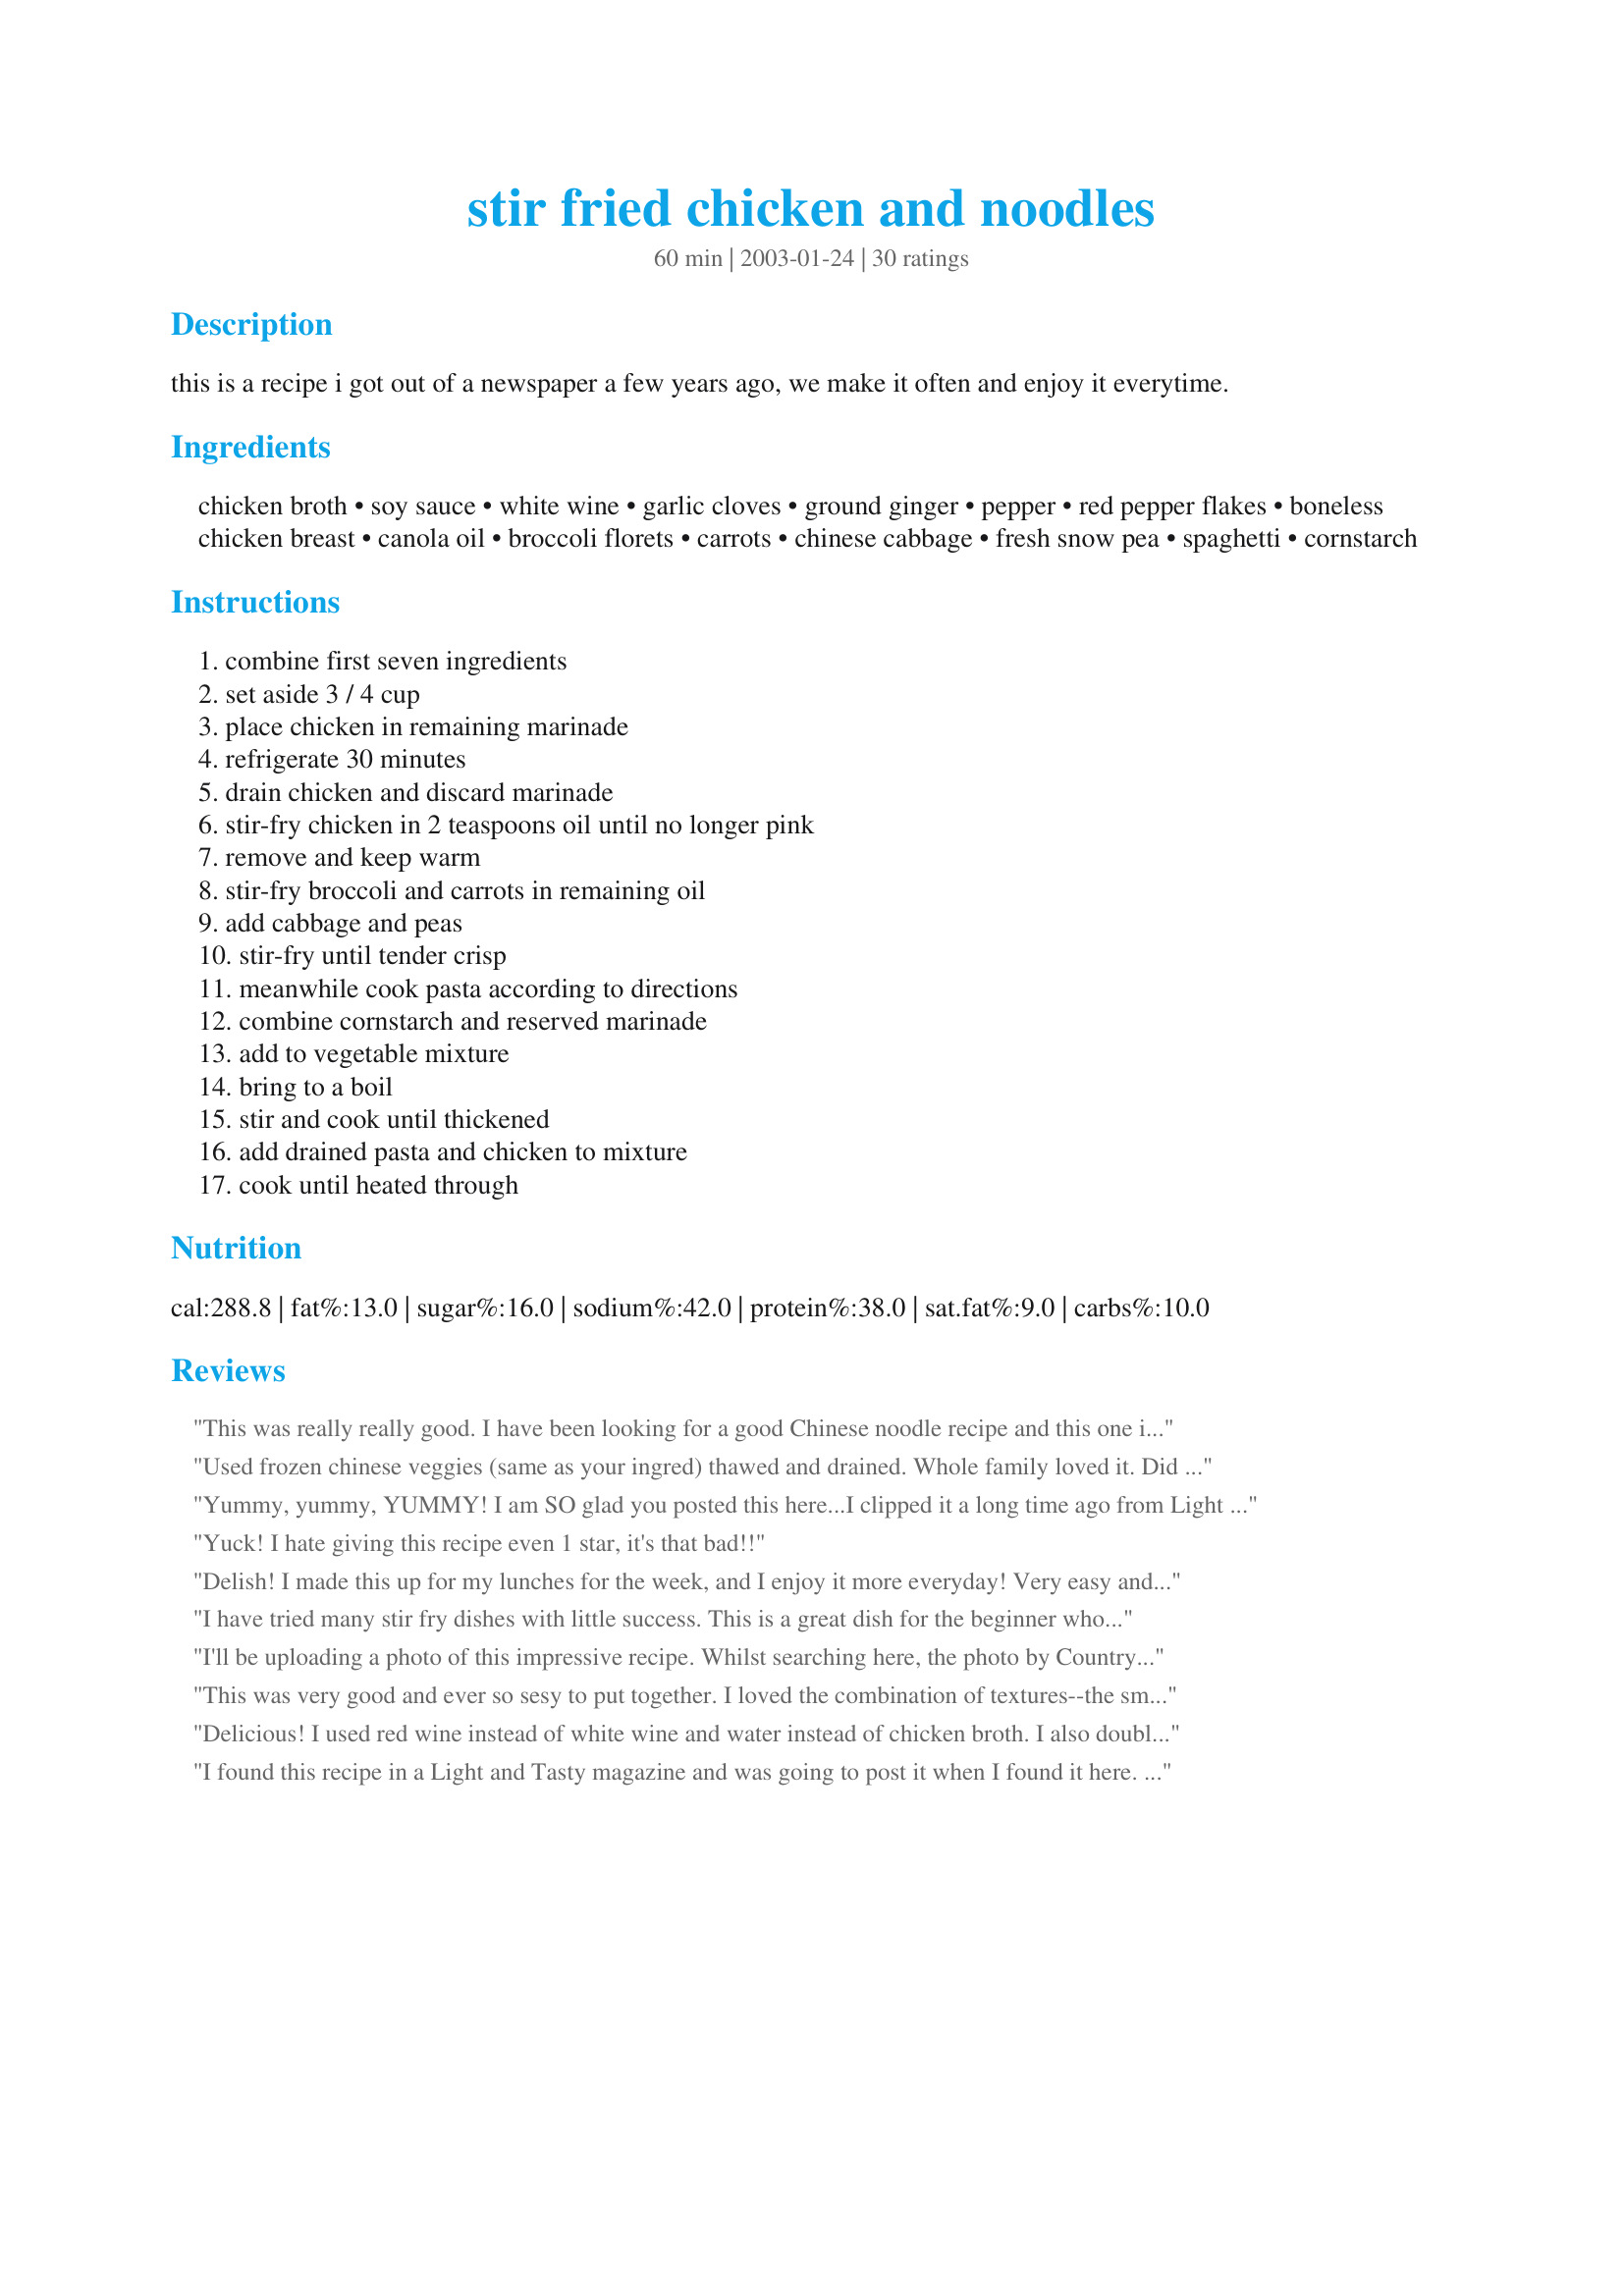
stir fried chicken and noodles
Preparation time: 60 minutes

this is a recipe i got out of a newspaper a few years ago, we make it often and enjoy it everytime.

Ingredients:
chicken broth, soy sauce, white wine, garlic cloves, ground ginger, pepper, red pepper flakes, boneless chicken breast, canola oil, broccoli florets, carrots, chinese cabbage, fresh snow pea, spaghetti, cornstarch

Steps:
combine first seven ingredients, set aside 3 / 4 cup, place chicken in remaining marinade, refrigerate 30 minutes, drain chicken and discard marinade, stir-fry chicken in 2 teaspoons oil until no longer pink, remove and keep warm, stir-fry broccoli and carrots in remaining oil, add cabbage and peas, stir-fry until tender crisp, meanwhile cook pasta according to directions, combine cornstarch and reserved marinade, add to vegetable mixture, bring to a boil, stir and cook until thickened, add drained pasta and chicken to mixture, cook until heated through

Reviews:
This was really really good. I have been looking for a good Chinese noodle recipe and this one is it. My kids just loved it and ate every bite. I left out the Ginger (personal preference) but left everything else. I will be making this many times again.
Used frozen chinese veggies (same as your ingred) thawed and drained. Whole family loved it. Did add some soy sauce to the final stage and didn't need to use corn starch. Thanks, very good and healthy tasting.
Yummy, yummy, YUMMY! I am SO glad you posted this here...I clipped it a long time ago from Light and Tasty but have since lost the clipping. Thank goodness for 'Zaar (and Dancer!!)! This is most definitely a keeper. I used water chestnuts and mushrooms instead of the snow peas b/c I had some left over from New Year's Eve recipes. I was generous with the garlic and ginger, and also added a pinch of sugar (didn't measure but would guess 1/2 t) to the marinade at other folks' advice. The only change I will make next time is the kind of noodles--I used angel hair and really wished for something a little thicker/heartier like udon or soba.
Also, I was tempted to leave out the oil to further trim the recipe, but I'm glad I didn't. IMHO it is necessary to get that yummy restaurant "fried noodle dish" taste, and it doesn't add that much fat...
Yuck! I hate giving this recipe even 1 star, it's that bad!!
Delish! I made this up for my lunches for the week, and I enjoy it more everyday! Very easy and quick to make. Thanks Dancer!
I have tried many stir fry dishes with little success. This is a great dish for the beginner who wants something easy to make but still tastes fantastic. even my VERY picky children ate this. We had it two nights in a row, just to prove that the first time wasn't a fluke!
I'll be uploading a photo of this impressive recipe.

Whilst searching here, the photo by Country Lady caught my attention. It looked so colorful and tasty so I decided to give it a try.

It's a very good recipe although I found it could be a bit more flavorful. I use egg noodles instead of spaghetti because they're healthier. I also omitted the cabbage but added the same amount of diced vegetables.

I should also mention to prevent the wok from burning, I had to use additional oil.

I felt like I was eating good takeout without the grease. Thanks for sharing this recipe, I will definitely make it again.
This was very good and ever so sesy to put together. I loved the combination of textures--the smooth noodles, tender chicken and crunchy vegetables. I would increase the hot pepper flakes next time, and maybe the garlic and ginger as well, b ecause it did seem a wee tad bland. But all in all, a fine dinner.
Delicious! I used red wine instead of white wine and water instead of chicken broth. I also doubled the ginger & it turned out great! :) Will definitely make this again.
I found this recipe in a Light and Tasty magazine and was going to post it when I found it here. Our family loves this recipe. We cut up the chicken and add the marinade and freeze. We freeze the other part of the marinade seperately. This saves a lot of time on busy weeknights. As a short cut, I use the preshredded cabbage, matchstick carrots, and frozen brocolli florets. I precook all the veggies in the microwave. With this prep work, this meal can be assembled very quickly. Tastely and healthy.
Made this for dinner to go with Bourbon Chicken (#45809) and it was wonderful. We made it without the chicken and used frozen stir fry mix veggies. My veggie hating kids even liked it. When we make it again (and we definitely will) I will add a little more garlic.
This was very good. We didn't care for the napa cabbage in this so next time we'll omit that and make up the difference with other veggies. I didn't have any snow peas so we used sugar snap instead. We'll definitely play with this recipe and make it again!
This was INCREDIBLE.... simple, easy, you can use SO many different types of veggies in there.... it tastes authentic, we LOVED IT! Thank you for sharing the GREAT recipe!
It's not very nice to be so mean about someones recipe. If it didn't suit your taste, than that's too bad. But there's no need to be so harsh and say it was yuck. I think it was delicious, and many others agreed. Than you for sharing this recipe with us. My picky 2 year old loved it, and so did my picky 25 year old husband. thanks again for a great recipe!
Hey, Dancer! This stir-fry is AWESOME!! I used a little more garlic (4 cloves), added some sliced onion, and substituted an 8 oz. can of sliced water chestnuts for the carrot because I didn't have any. It gave the same nice crunch, but lacked a little on the color. Also, instead of using all of the oil, I used a little extra chicken broth to cook the chicken and veggies. I used angel hair for the pasta and savoy for the cabbage. DEFINITELY A KEEPER!! This recipe is a great base for creating a variety of dishes by varying the meat and veggies. Also would be good over rice instead of using the pasta. Thanks, Dancer!
~Manda
This was a hit with us. I didn't have any cabbage and I didn't use the noodles but served it over rice. I had a teriyaki turkey tenderloin that I used in place of chicken so I used all the marinade in the dish. We will be making this again.
The family and I really enjoyed this delicious stir-fry. Only change I made was to double the pepper flakes. Got fresh snow peas from the Farmer's Market and they were nice and crunchy. This is a very versatile recipe and I may experiment with other veggies. But it was excellent as written. Thanks for posting it.
I really loved this dish. It managed to be low-cal without tasting that way. The only thing it needs is a bit of sweetness- a tablespoon of honey would add a lot of flavor for only 10 calories per serving.
Oh wow this was amazing and so easy to make. I used chinese noodles and left out the ginger since I hate ginger but the recipe was so fab I've made it twice.
I have to laugh when I read other reviews that talk about doubling the red pepper flakes in this recipe or remark that they found this dish a bit bland for their taste. My family and I thought it was a little "hot". Not overly so, but it definitely had a little bite to it.

That didn't stop us from thoroughly enjoying it though! The only changes I made to the posted recipe were to double it, and to replace the cabbage with two cans of sliced water chestnuts and a cup each of red and green bell pepper. And I served it over plain brown rice.

I used all fresh vegetables (except the water chestnuts of course!) so between washing and chopping those and cutting up the chicken, the prep work took some time. But there have been some great short cuts suggested in other reviews if time is a concern!

I think next time I'll definitely try it with noodles instead of rice. And maybe add mushrooms. This is indeed a versatile recipe and I can foresee mixing it up a lot by varying the vegetables and meats!

As I mentioned, I doubled the recipe. My family of four includes two pre-teen boys and a husband with a healthy appetite of his own. Hubby went back for seconds and the rest of us had one decent serving (certainly much less than what you would get at a restaurant, for comparison's sake) and there wasn't much left over. So I question the recommendation that the original recipe serves 6. 6 children perhaps? Nobody else has addressed this so perhaps we do eat larger than average portions. Just wanted to mention that, fwiw!
I made this for dinner last night and my family really liked it. I made a few minor changes: used 1 tsp. fresh, minced ginger for the ground ginger, had to use frozen pea pods because the fresh ones at my store looked awful, and used some fresh Chinese egg noodles that I had on hand instead of spaghetti. Turned out great and I'll make it again! Thanks Dancer for a good, after work recipe!
Very good! I added just a touch of brown sugar, just because I like a little sweetness. Also, I think I prefered it with only the veggies and chicken. Don't get me wrong, the pasta was good, but before I added it I thought it was better. 5 stars for a great recipe!
This was great!! I did not use the white wine. I did add a little sesame oil to the other oil. I also added mushrooms and next time I will add some water chestnuts, just because we like them in our stir fry. The sauce was great and my whole family loved this recipe. Will be making this often. Thank you so much for this recipe!! It is a keeper!
We really enjoyed this recipe. I left out the ginger-dh doesn't like it. Absolutely delicious!
As NurseDi already stated, this recipe is quite versatile - not just with the veggies, but also with the protein! I replaced the chicken breasts with thick loin pork chops cut diagonally into very thin slices. Aside from having no cabbage, I followed the recipe. It was quick, easy & delicious. Thanx Dancer!
I made this last night along with Special Fried Rice. It was terrific! Just the right amount of spice for my family. I didn't have any cabbage or pea pods, but used 6 green onions sliced diagonally instead. Used all chicken broth. Thanks for posting.
We love stir-fries. This is the best we've tasted so far. It wasn't too salty or too sweet. Best of all, I can substitute any meat and/or vegetables to the recipe. I needed something simple, easy and quick for dinner. This fits the bill perfectly. Thanks.
This was very good. I altered the marinade slightly by using a Tbls of fresh, grated ginger instead of ground, three cloves of garlic, adding a teaspoon or two each of lemon juice and white vinegar and a boat-load of red pepper. The chicken ended up marinating for two hours. Also, I didn't have on hand a single vege listed, so I substituted baby asparagus, red, green and yellow bell peppers, water chestnuts, bamboo shoots and sliced green onion. Omitted the spaghetti altogether and served sticky rice on the side. After cooking the veges, I put them on the side with the meat so I wouldn't risk over-cooking them. For the thickening agent, I used mochiko (rice flour) mixed with just enough water to make a thick syrup consistency and stirred that into the marinade while it cooked 'til I got what I was looking for. Then added everything back in to heat thru. DELICIOUS!
my family loved this! I used Rice Noodles and mixed them in-really yummy. the kids loved the "skinny noodles". i like how light this tasted. the focus wasn't the sauce; rather, the food! we added mushrooms and they were incredible! thanks!!!!
Excellent! I added 1 Tbls. Dark Molasses to kick the flavor up a notch and extra garlic since I'm an addict. I also added some unsalted peanuts for crunch. We loved this and I will be making it again.
